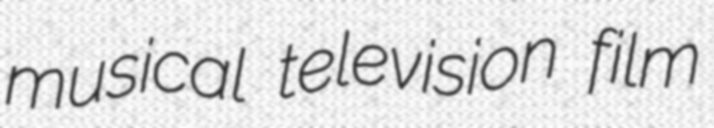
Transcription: musical television film